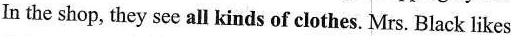
In the shop, they see all kinds of clothes. Mrs. Black likes